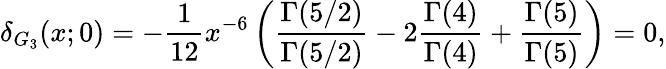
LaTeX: \delta_{G_{3}}(x;0)=-{\frac{1}{12}}{x^{-6}}\left({\frac{\Gamma(5/2)}{\Gamma(5/2)}}-2{\frac{\Gamma(4)}{\Gamma(4)}}+{\frac{\Gamma(5)}{\Gamma(5)}}\right)=0,